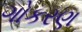
ગોકરણ